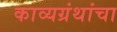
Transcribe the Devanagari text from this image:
काव्यग्रंथांचा